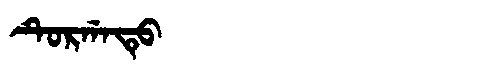
Manchu: ᡨᡠᡵᡤᠠᡨᡠ
Romanization: TURGATU